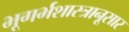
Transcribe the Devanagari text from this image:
भूगर्भशास्त्रानूसार